Report of the Bombay Plague Committee
Disease focus: Plague
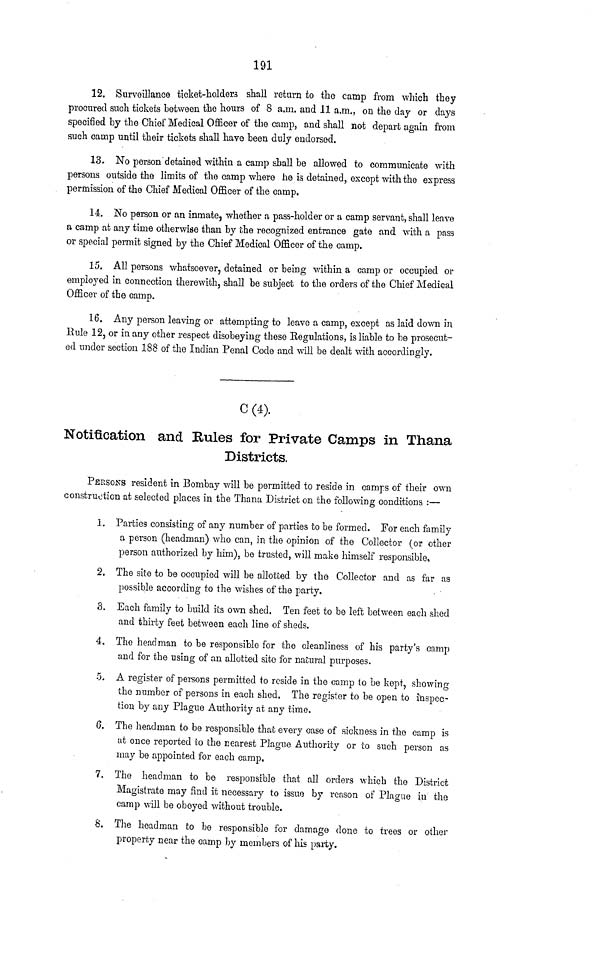
191
12. Surveillance ticket-holders shall return to the camp from which they
procured such tickets between the hours of 8 a.m. and 11 a.m., on the day or days
specified by the Chief Medical Officer of the camp, nnd shall not depart again from
such camp until their tickets shall have been duly endorsed.
13. No person detained within a camp shall be allowed to communicate with
persons outside the limits of the camp where he is detained, except with the express
permission of the Chief Medical Officer of the camp.
14. No person or an inmate, whether a pass-holder or a camp servant, shall leave
a camp at any time otherwise than by the recognized entrance gate and with a pass
or special permit signed by the Chief Medical Officer of the camp.
15. All persons whatsoever, detained or being within a camp or occupied or
employed in connection therewith, shall be subject to the orders of the Chief Medical
Officer of the camp.
16. Any person leaving or attempting to leave a camp, except as laid down in
Rule 12, or in any other respect disobeying these Eegulations, is liable to be prosecut-
ed under section 188 of the Indian Penal Code and will be dealt with accordingly.
C (4).
Notification and Rules for Private Camps in Thana
Districts.
PEESONS resident in Bombay will be permitted to reside in camps of their own
construction at selected places in the Thana District on the follo\ving conditions :—
1. Parties consisting of any number of parties to be formed. For each family
a person (headman) who can, in the opinion of the Collector (or other
person authorized by him), be trusted, will make himself responsible»
2. The site to be occupied will be allotted by the Collector and as far as
possible according to the wishes of the party.
3. Each family to build ils own shed. Ten feet to be left between each shed
and thirty feet between each line of sheds.
4. The headman to be responsible for the cleanliness of his party's camp
and for the using of an allotted sito for natural purposes.
5. A register of persons permitted to reside in the camp to be kept, showing
the number of persons in each shed. The register to be open to inspec-
tion by any Plague Authority at any time.
6. The headman to be responsible thai; every case of sickness in the camp is
at once reported to the nearest Plague Authority or to such person as
may be appointed for each camp.
7. The headman to be responsible that all orders which the District
Magistrate may find it necessary to issue by reason of Plague in the
camp will be obeyed without trouble.
8. The headman to be responsible for damage clone to trees or other
property near the camp by members of his party.